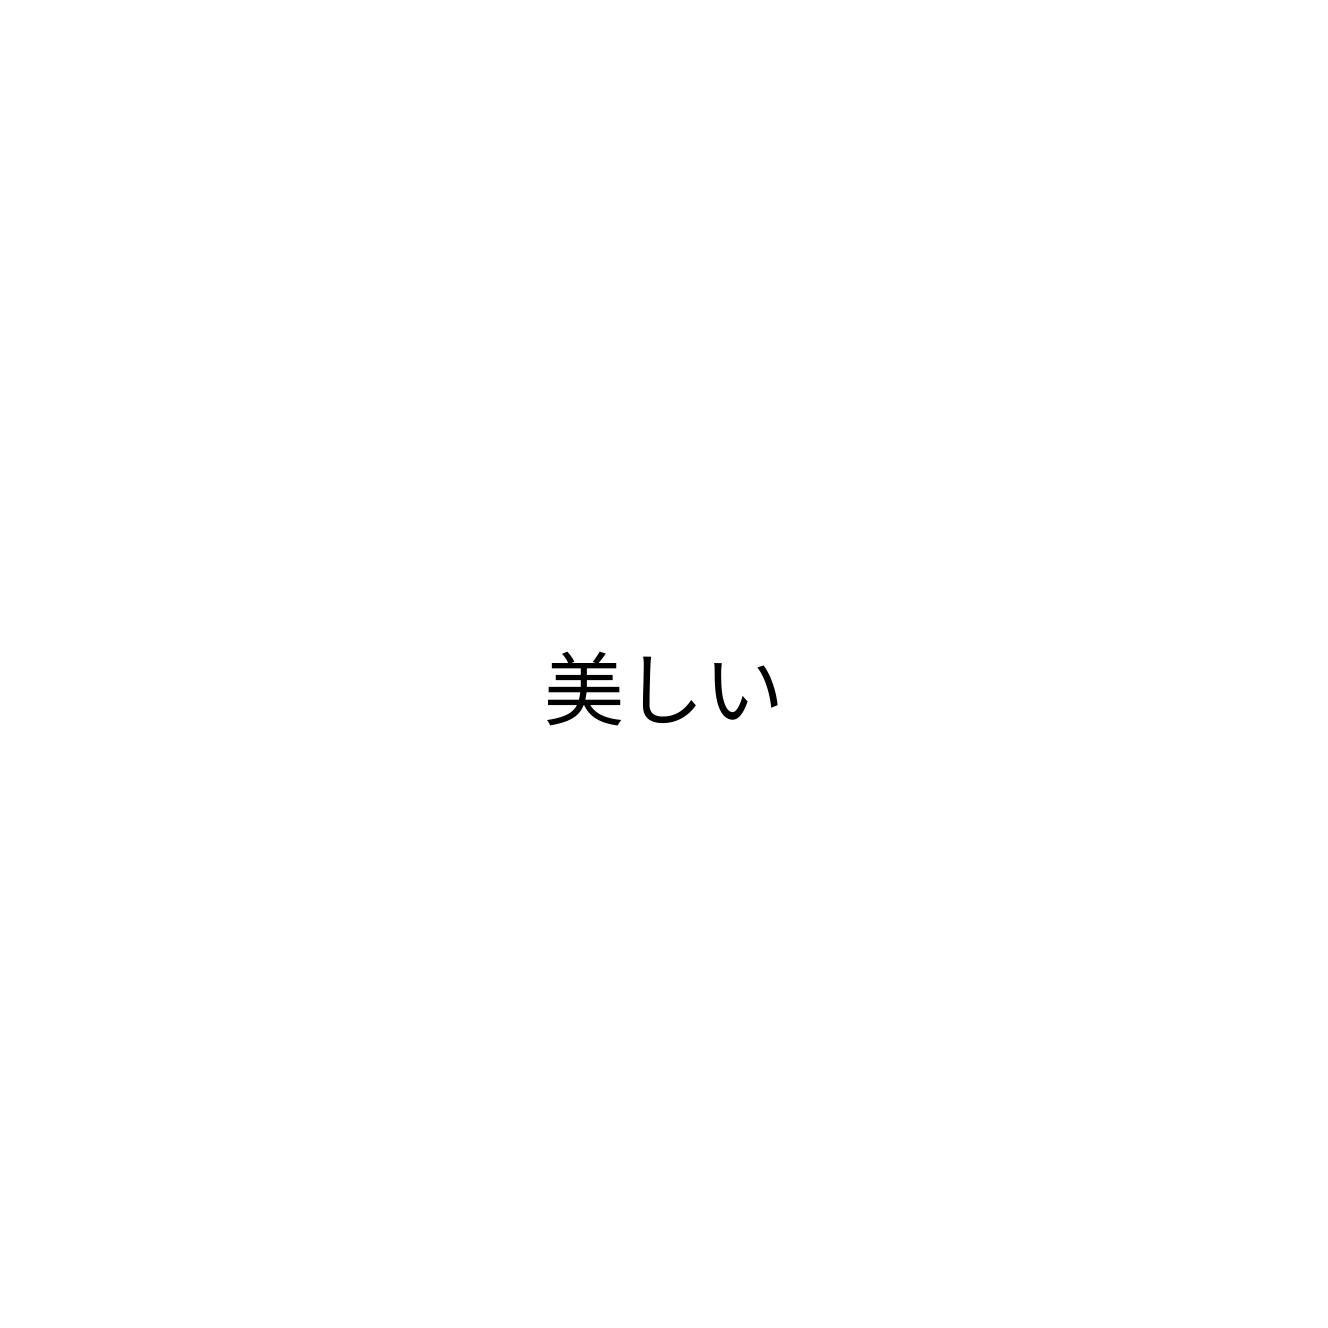
美しい